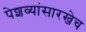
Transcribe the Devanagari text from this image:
पेशव्यांसारखेच